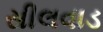
સીલવાડ